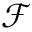
\mathcal { F }